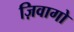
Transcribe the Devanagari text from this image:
ज़िवागो